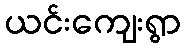
ယင်းကျေးရွာ